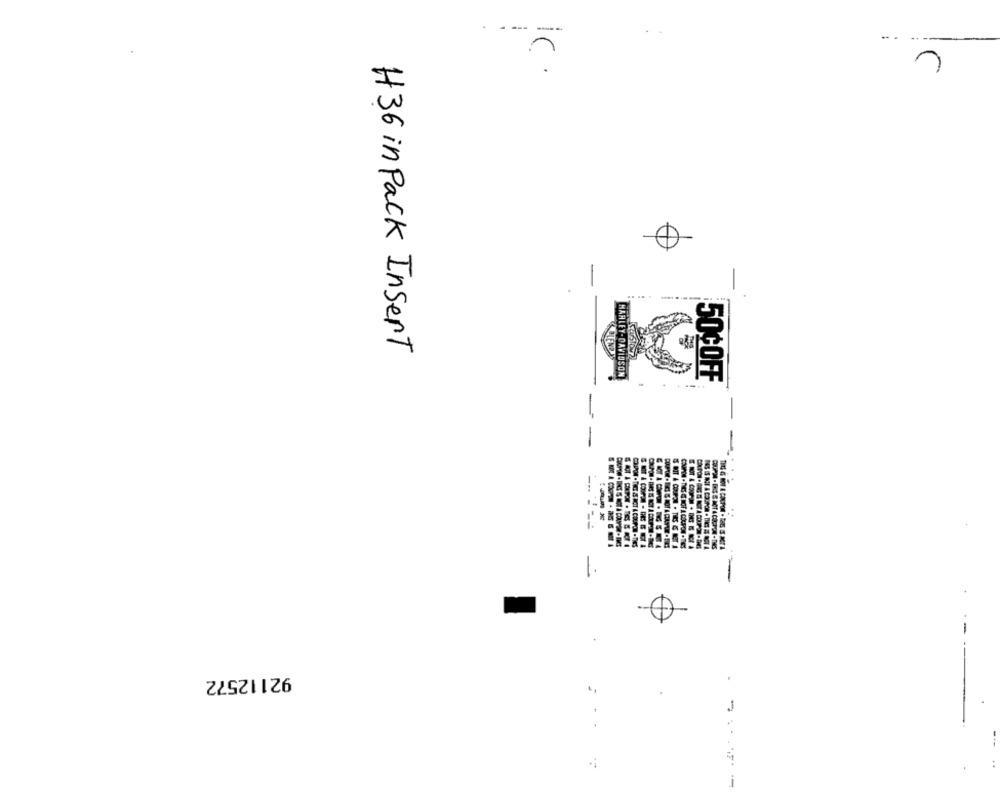
- --
..
is .
H36 in Pack Insert
HARLEY-DAVIDSON
$50¢OFF
92112572
-